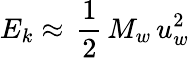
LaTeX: E_{k}\approx\, \frac{1}{2}\, M_{w}\, u_{w}^{2}